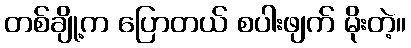
တစ်ချို့က ပြောတယ် စပါးဖျက် မိုးတဲ့။